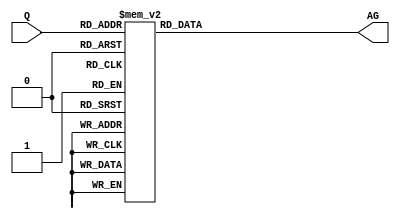
module decoder(Q, AG);
  input [3:0] Q;
  output [6:0] AG;
  reg [6:0] AG;
  
  always @(Q)
    case (Q)
      4'b0000: AG = 7'b1111110;
      4'b0001: AG = 7'b0110000;
      4'b0010: AG = 7'b1101101;
      4'b0011: AG = 7'b1111001;
      4'b0100: AG = 7'b0110011;
      4'b0101: AG = 7'b1011011;
      4'b0110: AG = 7'b1011111;
      4'b0111: AG = 7'b1110000;
      4'b1000: AG = 7'b1111111;
      4'b1001: AG = 7'b1111011;
      4'b1010: AG = 7'b1110111;
      4'b1011: AG = 7'b0011111;
      4'b1100: AG = 7'b1001110;
      4'b1101: AG = 7'b0111101;
      4'b1110: AG = 7'b1001111;
      4'b1111: AG = 7'b1000111;
    endcase
    
endmodule